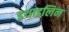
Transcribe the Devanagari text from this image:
इथाइलिन